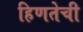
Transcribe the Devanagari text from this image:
हिणतेची